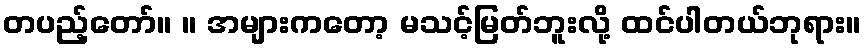
တပည့်တော်။ ။ အများကတော့ မသင့်မြတ်ဘူးလို့ ထင်ပါတယ်ဘုရား။